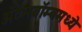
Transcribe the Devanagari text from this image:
अॅटमबॉम्बमध्ये